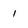
Character: 1